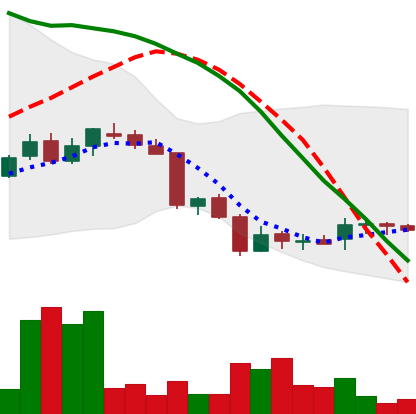
Ticker: DOGE-USD
Chart end date: 2018-06-21
Forward return: -17.068%
Label: down_7plus